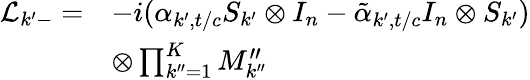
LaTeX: \begin{array}{rl}{\mathcal{L}_{k^{\prime}-}=}&{-i(\alpha_{k^{\prime},t/c}S_{k^{\prime}}\otimes I_{n}-\tilde{\alpha}_{k^{\prime},t/c}I_{n}\otimes S_{k^{\prime}})}\\ &{\otimes\prod_{k^{\prime\prime}=1}^{K}M_{k^{\prime\prime}}^{\prime\prime}}\end{array}